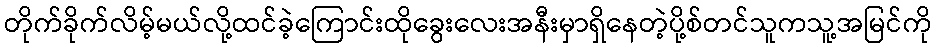
တိုက်ခိုက်လိမ့်မယ်လို့ထင်ခဲ့ကြောင်းထိုခွေးလေးအနီးမှာရှိနေတဲ့ပို့စ်တင်သူကသူ့အမြင်ကို